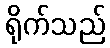
ရိုက်သည်